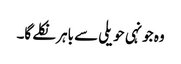
وہ جونہی حویلی سے باہر نکلے گا۔